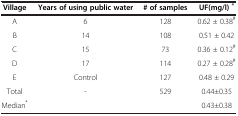
<table><thead><tr><td><b>Village</b></td><td><b>Years of using public water</b></td><td><b># of samples</b></td><td><b>UF(mg/l) <sup>*</sup></b></td></tr></thead><tbody><tr><td>A</td><td>6</td><td>128</td><td>0.62 ± 0.38<sup>#</sup></td></tr><tr><td>B</td><td>14</td><td>108</td><td>0.51 ± 0.42</td></tr><tr><td>C</td><td>15</td><td>73</td><td>0.36 ± 0.12<sup>#</sup></td></tr><tr><td>D</td><td>17</td><td>114</td><td>0.27 ± 0.28<sup>#</sup></td></tr><tr><td>E</td><td>Control</td><td>127</td><td>0.48 ± 0.29</td></tr><tr><td>Total</td><td>-</td><td>529</td><td>0.44±0.35</td></tr><tr><td>Median<sup>*</sup></td><td> </td><td> </td><td>0.43±0.38</td></tr></tbody></table>